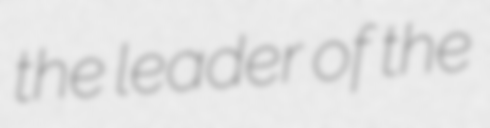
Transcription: the leader of the